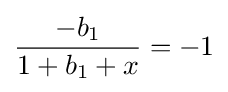
{\frac {-b_{1}}{1+b_{1}+x}}=-1